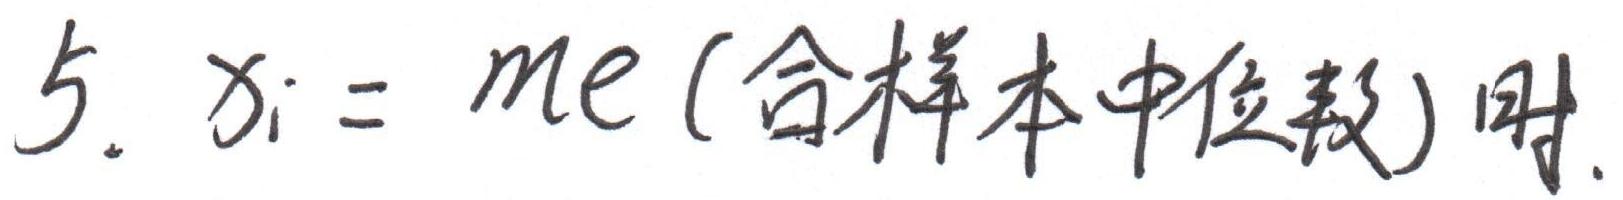
5. $x_{i}=me$ (合样本中位数)时.